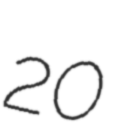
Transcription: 20